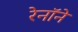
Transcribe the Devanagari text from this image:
रेनॉने